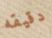
دقيقه